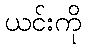
ယင်းကို